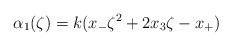
LaTeX: \begin{align*}\alpha_{1}(\zeta)=k(x_{-}\zeta^{2}+2x_{3}\zeta -x_{+})\end{align*}